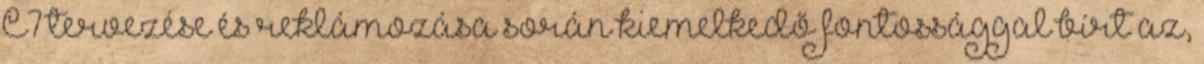
C7 tervezése és reklámozása során kiemelkedő fontossággal bírt az,